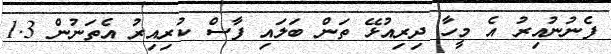
ފެނުނުއިރު އެ މީހާ ދިރިއުޅޭ ތަން ބަލައި ފާސް ކުރިއިރު އެތަނުން 1.3